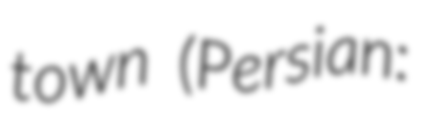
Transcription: town (Persian: